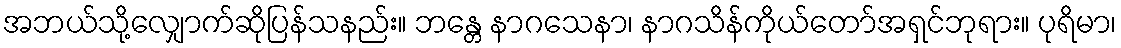
အဘယ်သို့လျှောက်ဆိုပြန်သနည်း။ ဘန္တေ နာဂသေနာ၊ နာဂသိန်ကိုယ်တော်အရှင်ဘုရား။ ပုရိမာ၊